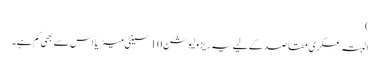
)
البتہ عسکری مقاصد کےلیے یہ ریزولیوشن 10 سینٹی میٹر یا اس سے بھی کم ہے۔